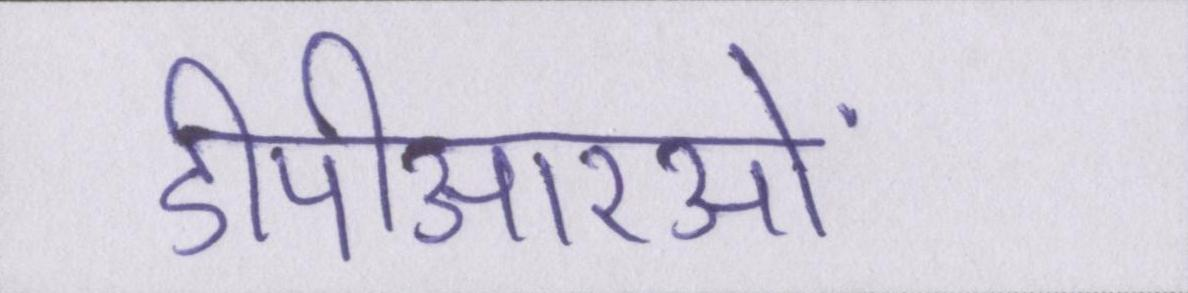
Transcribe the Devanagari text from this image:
डीपीआरओं